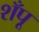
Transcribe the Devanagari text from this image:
शँपू